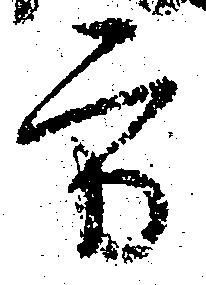
方